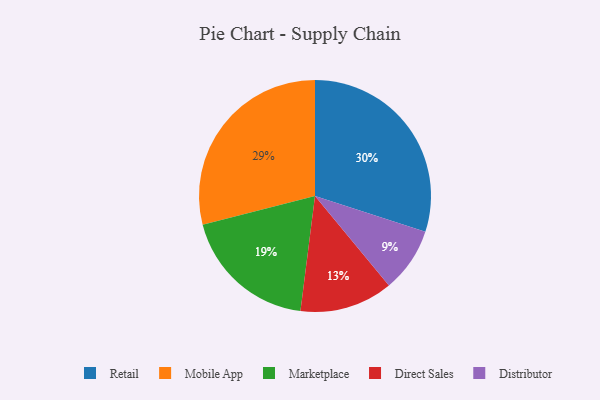
{"axis": {"x": "Category", "y": "Percentage"}, "legend": ["Direct Sales", "Distributor", "Marketplace", "Mobile App", "Retail"], "data": [{"x": "Direct Sales", "y": 13, "type": "Direct Sales"}, {"x": "Marketplace", "y": 19, "type": "Marketplace"}, {"x": "Mobile App", "y": 29, "type": "Mobile App"}, {"x": "Distributor", "y": 9, "type": "Distributor"}, {"x": "Retail", "y": 30, "type": "Retail"}]}